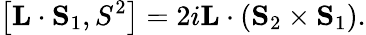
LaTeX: \left[{\mathbf L}\cdot{\mathbf S_{\mathrm{1}}},S^{2}\right]=2i{\mathbf L}\cdot({\mathbf S_{2}}\times{\mathbf S_{1}}).